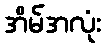
အိမ်အလုံး